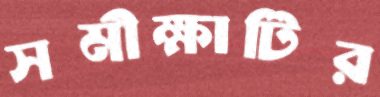
সমীক্ষাটির